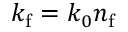
k _ { \mathrm { f } } = k _ { 0 } n _ { \mathrm { f } }